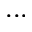
. . .